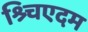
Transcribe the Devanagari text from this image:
श्र्चिएदम